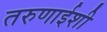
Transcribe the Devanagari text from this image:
तरुणाईशी